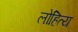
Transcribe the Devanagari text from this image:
लोहित्य